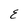
Character: E